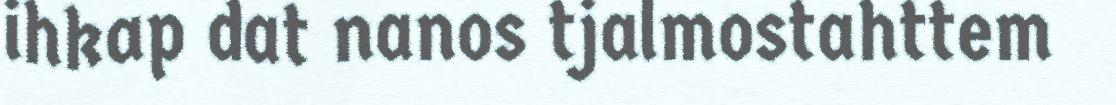
ihkap dat nanos tjalmostahttem